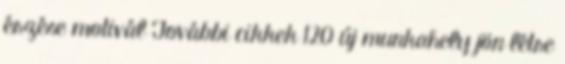
érzése motivál További cikkek 120 új munkahely jön létre